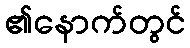
၏နောက်တွင်